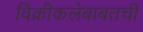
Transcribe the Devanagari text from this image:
विक्रीकलेबाबतची